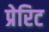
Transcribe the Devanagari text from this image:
प्रेरिट